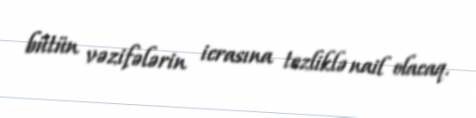
bütün vəzifələrin icrasına tezliklə nail olacaq.